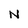
Character: N